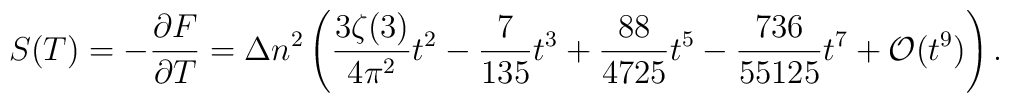
S(T)=-\frac{\partial F}{\partial T}=\Delta n^2 \left( \frac{3\zeta (3)}{4\pi ^2}t^2-\frac{7}{135}t^3+\frac{88}{4725}t^5- \frac{736}{55125}t^7+ {\cal O}(t^9) \right){.}